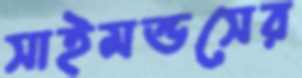
সাইমন্ডসের